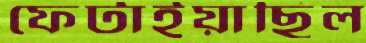
ফেটাইয়াছিল